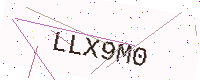
Text: LLX9M0